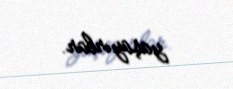
yaşayırlar.